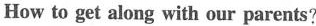
How to get along with our parents?